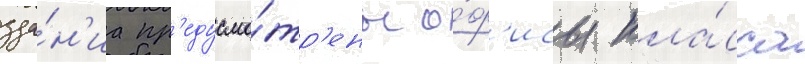
зда́н'иа пр'едусмо́тр'ены о́ф'исы кла́сса